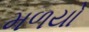
મળયો